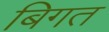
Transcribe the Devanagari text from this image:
बिगत